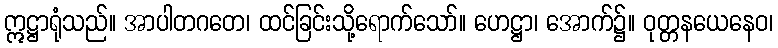
ဣဋ္ဌာရုံသည်။ အာပါတဂတေ၊ ထင်ခြင်းသို့ရောက်သော်။ ဟေဋ္ဌာ၊ အောက်၌။ ဝုတ္တနယေနေဝ၊